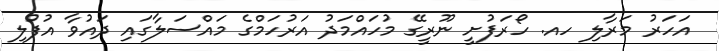
އަހަރު މަރާލި ހއ. ހޯރަފުށީ ނޫރީގޭ މުހައްމަދު އަރުހަމްގެ މައްސަލާގައި ދައުވާ އުފުލި